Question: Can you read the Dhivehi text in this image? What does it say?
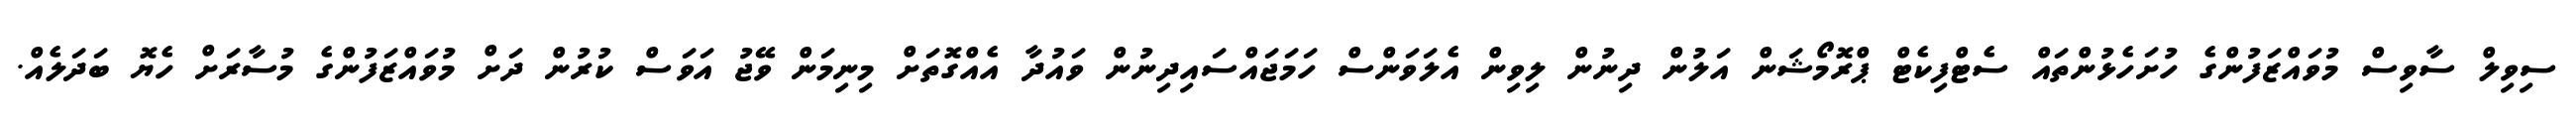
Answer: ސިވިލް ސާވިސް މުވައްޒަފުންގެ ހުށަހެޅުންތައް ސެޓްފިކެޓް ޕްރޮމޯޝަން އަލުން ދިނުން ލިވިން އެލަވަންސް ހަމަޖައްސައިދިނުން ވައުދާ އެއްގޮތަށް މިނިމަން ވޭޖު އަވަސް ކުރުން ދަށް މުވައްޒަފުންގެ މުސާރަށް ހެޔޮ ބަދަލެއް.